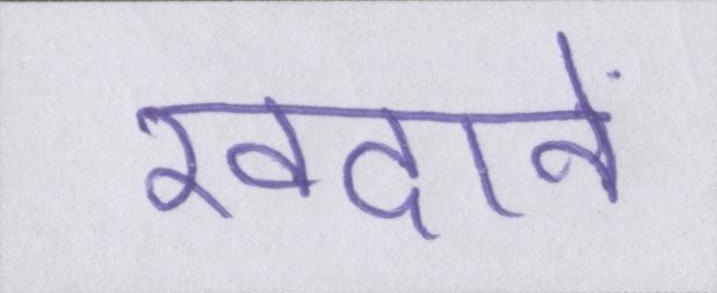
खदानें